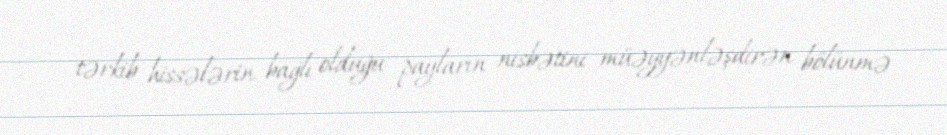
tərkib hissələrin bağlı olduğu payların nisbətini müəyyənləşdirən bölünmə